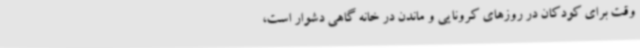
وقت برای کودکان در روزهای کرونایی و ماندن در خانه گاهی دشوار است،